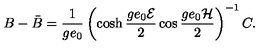
B - \bar { B } = \frac { 1 } { g e _ { 0 } } \left( \cosh \frac { g e _ { 0 } { \cal E } } { 2 } \cos \frac { g e _ { 0 } { \cal H } } { 2 } \right) ^ { - 1 } C .